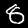
Digit: 8